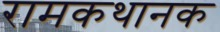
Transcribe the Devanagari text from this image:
रामकथानक